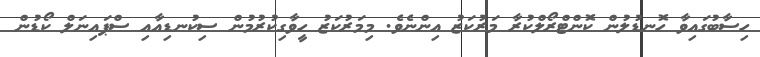
ހިސާބުގައިވާ ހޮނޑުލުން ކޮންޓްރޯލްކުރާ މަރުކަޒު އިންނެވެ. މިމަރުކަޒު ހީވާގިކުރުމުން ސިކުނޑިއާއި ސްޕައިނަލް ކޯޑުން